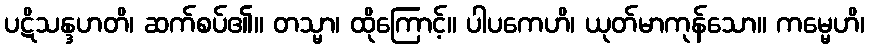
ပဋိသန္ဒဟတိ၊ ဆက်စပ်၏။ တသ္မာ၊ ထိုကြောင့်။ ပါပကေဟိ၊ ယုတ်မာကုန်သော။ ကမ္မေဟိ၊